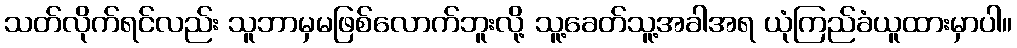
သတ်လိုက်ရင်လည်း သူဘာမှမဖြစ်လောက်ဘူးလို့ သူ့ခေတ်သူ့အခါအရ ယုံကြည်ခံယူထားမှာပါ။